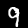
Label: 9